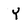
Character: Y